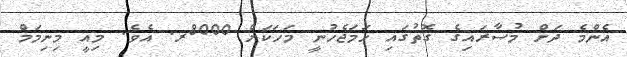
އެންމެ ދަށް މުސާރައިގެ ގޮތުގައި ހަމަޖެހުނީ މަހަކަށް 8000ރ. އެވެ. މިއީ މިނިމަމް